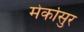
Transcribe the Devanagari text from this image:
मेर्कोसुर